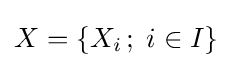
X=\{X_{i}\,;\;i\in I\}